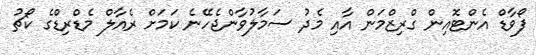
ފޯވާޑް އެންޓޮއިން ގްރިޒްމަން އާއި މެދު ސަމާލުވާންޖެހޭނެ ކަމަށް ރެއާލް މެޑްރިޑްގެ ކޯޗު